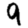
Digit: 9